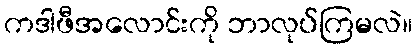
ကဒါဖီအလောင်းကို ဘာလုပ်ကြမလဲ။